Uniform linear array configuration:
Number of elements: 32
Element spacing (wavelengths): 0.75
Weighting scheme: hann
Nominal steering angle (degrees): -45
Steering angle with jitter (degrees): -43.028
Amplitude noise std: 0.05
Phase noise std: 0.05

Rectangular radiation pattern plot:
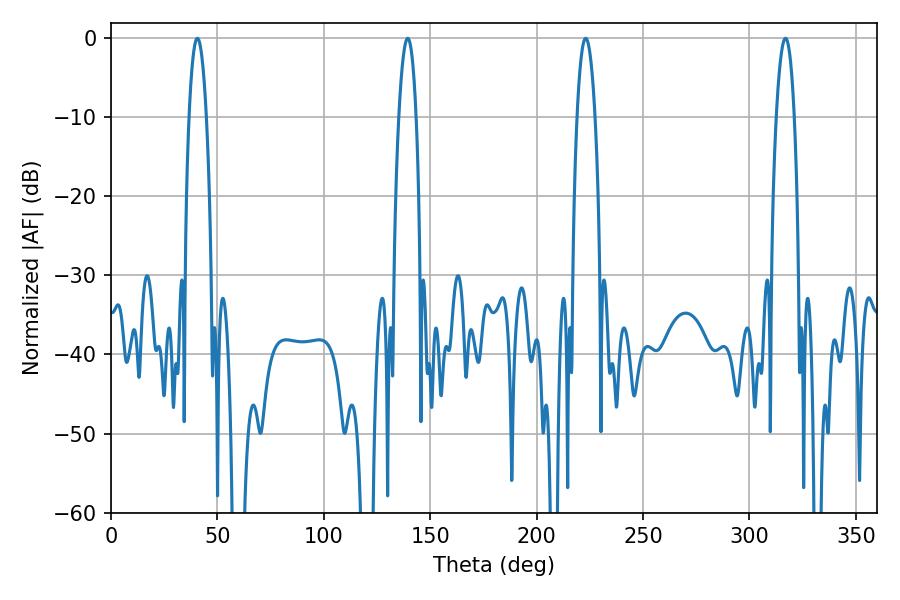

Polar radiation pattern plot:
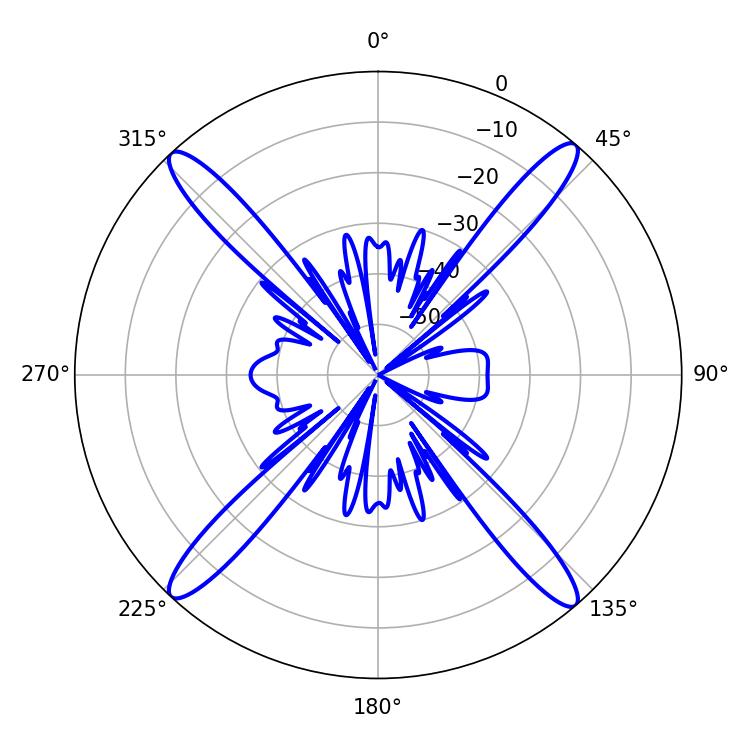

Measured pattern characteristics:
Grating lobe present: TRUE
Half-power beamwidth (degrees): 4.68
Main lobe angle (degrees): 223.02